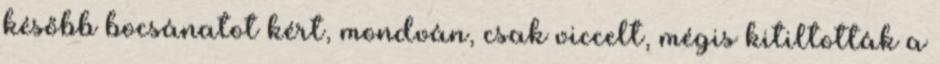
később bocsánatot kért, mondván, csak viccelt, mégis kitiltották a